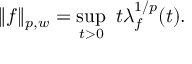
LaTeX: M _ { 1 } \# M _ { 2 }